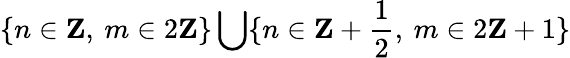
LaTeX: \{ n\in\mathbf{Z},\: m\in 2\mathbf{Z}\} \bigcup\{ n\in\mathbf{Z}+\frac{1}{2},\: m\in 2\mathbf{Z}+1\}